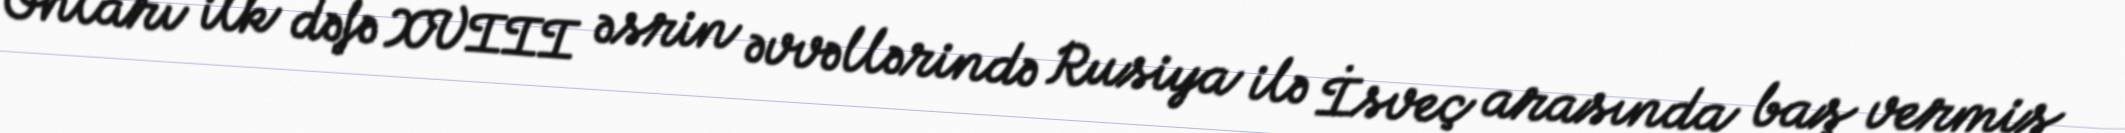
Onları ilk dəfə XVIII əsrin əvvəllərində Rusiya ilə İsveç arasında baş vermiş